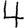
Digit: 4